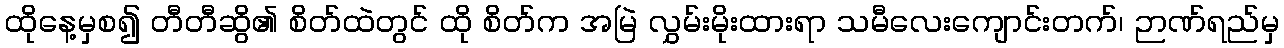
ထိုနေ့မှစ၍ တီတီဆွိ၏ စိတ်ထဲတွင် ထို စိတ်က အမြဲ လွှမ်းမိုးထားရာ သမီလေးကျောင်းတက်၊ ဉာဏ်ရည်မှ